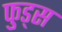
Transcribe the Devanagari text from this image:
फुड्स